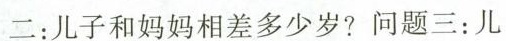
二：儿子和妈妈相差多少岁？问题三：儿